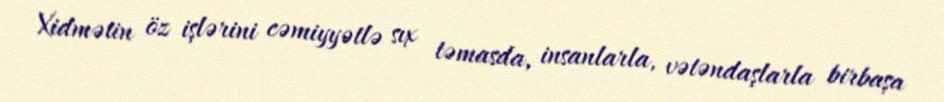
Xidmətin öz işlərini cəmiyyətlə sıx təmasda, insanlarla, vətəndaşlarla birbaşa